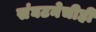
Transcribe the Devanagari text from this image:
संघटनेचीही